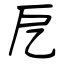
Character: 戹